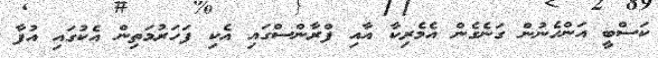
ކަސްބީ އަންހެނުން ގަނެގެން އެމެރިކާ އާއި ފްރާންސްގައި އެކި ފަހަރުމަތިން އެކުގައި އުފާ